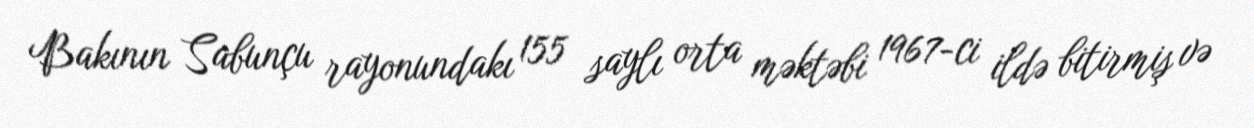
Bakının Sabunçu rayonundakı 155 saylı orta məktəbi 1967-ci ildə bitirmiş və